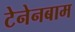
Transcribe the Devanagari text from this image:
टेनेनबाम